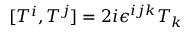
[ T ^ { i } , T ^ { j } ] = 2 i \epsilon ^ { i j k } T _ { k }